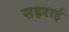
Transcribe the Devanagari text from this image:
सहराई